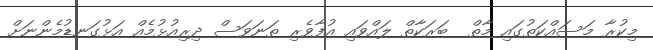
މިކުރާ މަސައްކަތުގައި މާތް  ބަރަކާތް ލައްވައި އުފާވެރި ތަނަވަސް ދިރިއުޅުމެއް އަޅުގަނޑުމެންނަށް